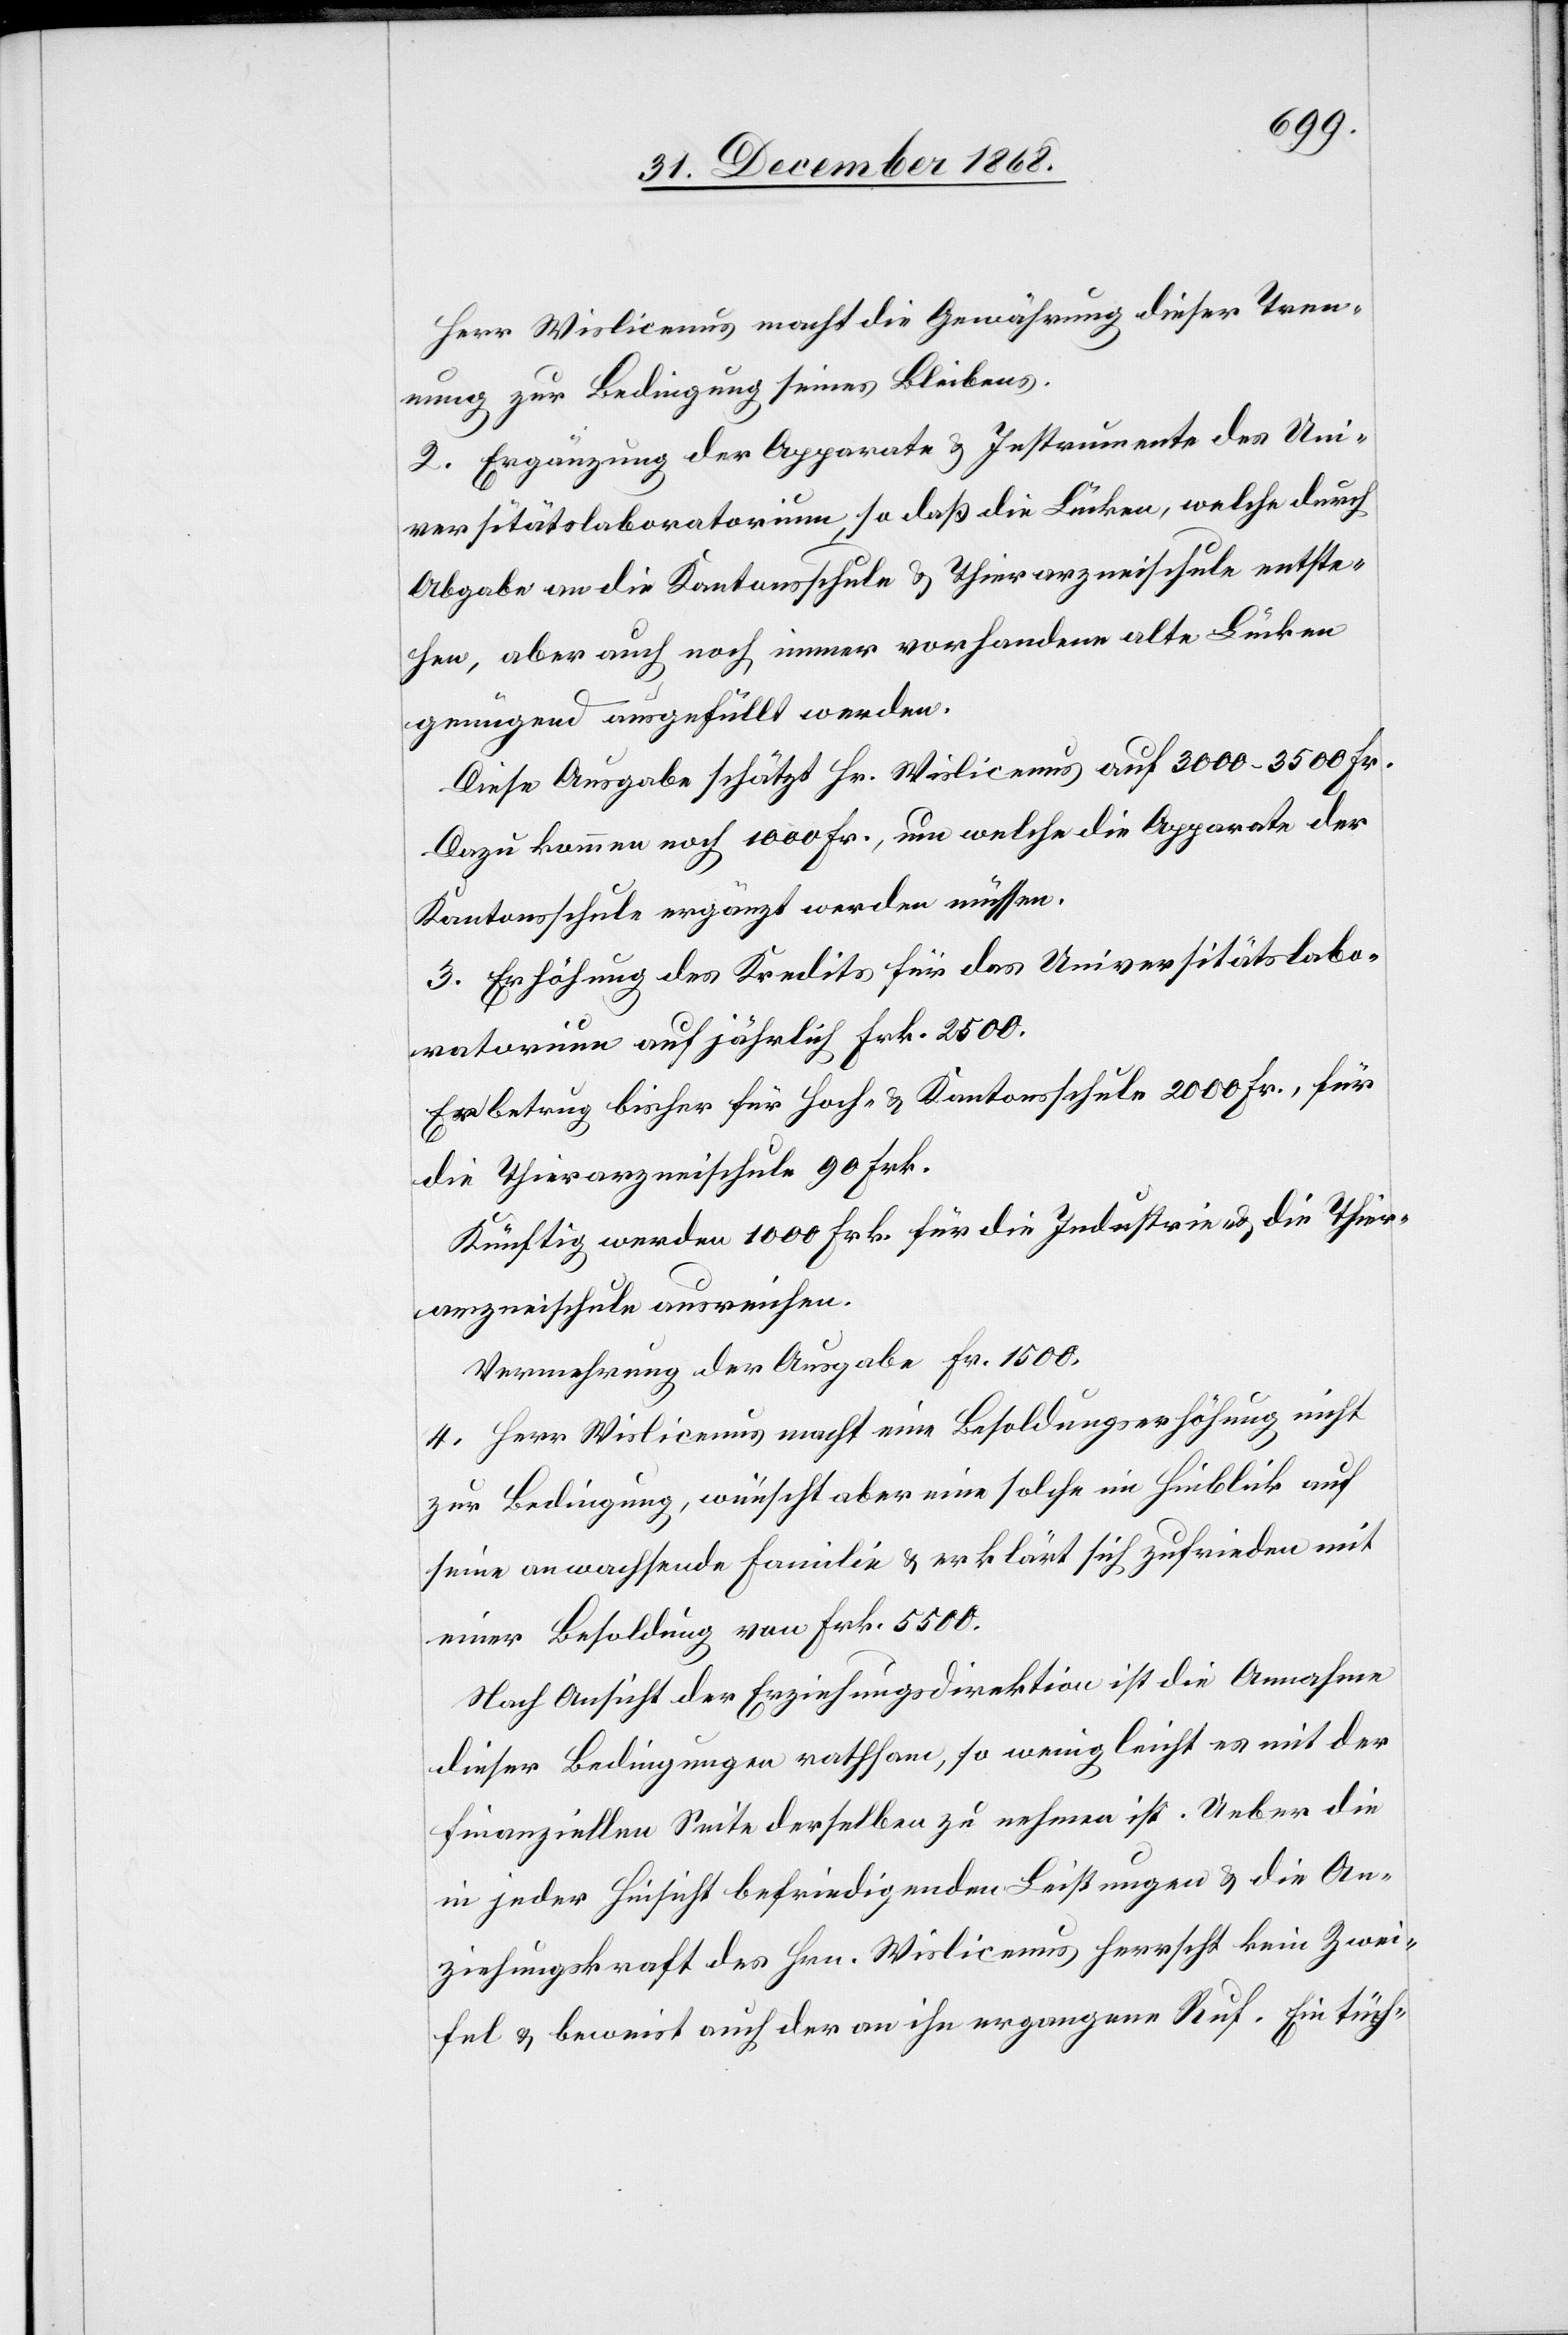
Herr Wislicenus macht die Gewährung dieser Tren¬
nung zur Bedingung seines Bleibens.
2. Ergänzung der Apparate & Instrumente des Uni¬
versitätslaboratorium, so daß die Lücken, welche durch
Abgabe an die Kantonsschule & Thierarzneischule entste¬
hen, aber auch noch immer vorhandene alte Lücken
genügend ausgefüllt werden.
Diese Ausgabe schätzt Hr. Wislicenus auf 3000–3500 Fr.
Dazu kommen noch 1000 Fr., um welche die Apparate der
Kantonsschule ergänzt werden müssen.
3. Erhöhung des Kredits für das Universitätslabo¬
ratorium auf jährlich Frk. 2500.
Er betrug bisher für Hoch- & Kantonsschule 2000 Fr., für
die Thierarzneischule 90 Frk.
Künftig werden 1000 Frk. für die Industrie- & die Thier¬
arzneischule ausreichen.
Vermehrung der Ausgabe Fr. 1500.
4. Herr Wislicenus macht eine Besoldungserhöhung nicht
zur Bedingung, wünscht aber eine solche im Hinblick auf
seine anwachsende Familie & erklärt sich zufrieden mit
einer Besoldung von Frk. 5500.
Nach Ansicht der Erziehungsdirektion ist die Annahme
dieser Bedingungen rathsam, so wenig leicht es mit der
finanziellen Seite derselben zu nehmen ist. Ueber die
in jeder Hinsicht befriedigenden Leistungen & die An¬
ziehungskraft des Hrn. Wislicenus herrscht kein Zwei¬
fel & beweist auch der an ihn ergangene Ruf. Ein tüch-